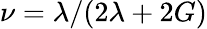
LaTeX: \nu=\lambda/(2\lambda+2G)